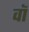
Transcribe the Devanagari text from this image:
वाॅ